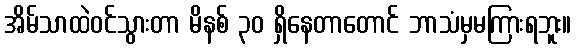
အိမ်သာထဲဝင်သွားတာ မိနစ် ၃၀ ရှိနေတာတောင် ဘာသံမှမကြားရဘူး။